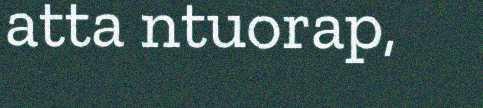
atta ntuorap,